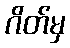
ဂိတ်မှ